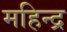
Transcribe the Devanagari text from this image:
महिन्द्र